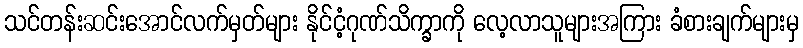
သင်တန်းဆင်းအောင်လက်မှတ်များ နိုင်ငံ့ဂုဏ်သိက္ခာကို လေ့လာသူများအကြား ခံစားချက်များမှ